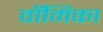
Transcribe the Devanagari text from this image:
वॉमिका